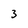
Character: 3